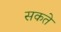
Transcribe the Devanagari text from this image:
सकते